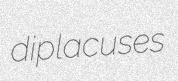
diplacuses